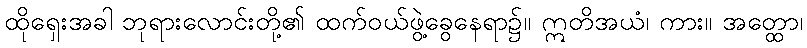
ထိုရှေးအခါ ဘုရားလောင်းတို့၏ ထက်ဝယ်ဖွဲ့ခွေနေရာ၌။ ဣတိအယံ၊ ကား။ အတ္ထော၊